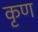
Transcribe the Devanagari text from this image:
कृण